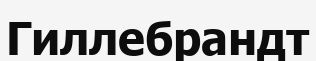
Гиллебрандт